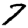
Digit: 7